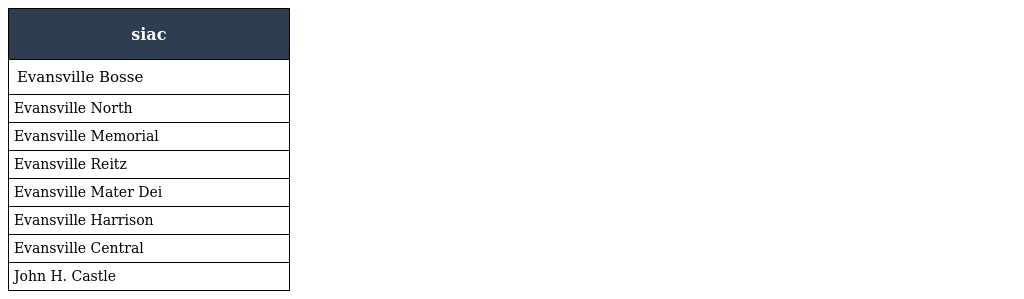
| siac |
 | --- |
 | Evansville Bosse |
 | Evansville North |
 | Evansville Memorial |
 | Evansville Reitz |
 | Evansville Mater Dei |
 | Evansville Harrison |
 | Evansville Central |
 | John H. Castle |